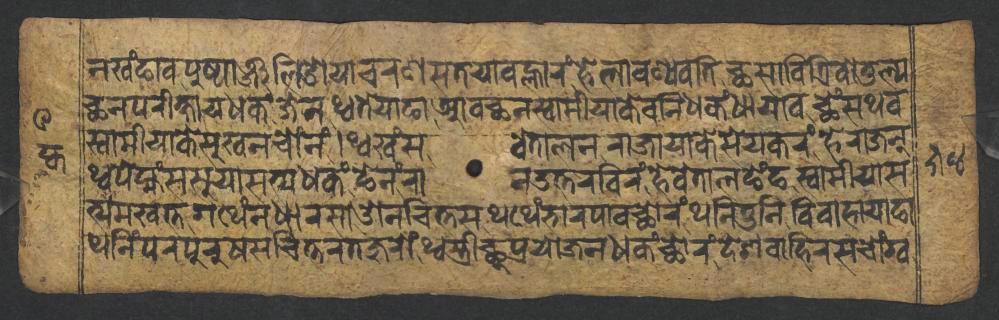
𑐣𑐏𑑄𑐒𑐵𑐰𑐥𑐸𑐲𑑂𑐥𑐵𑐘𑑂𑐖𑐮𑐶𑐌𑐫𑐵𑐔𑐬𑐞𑐳𑐟𑐫𑐵𑐰𑐮𑑂𑐴𑐵𑐬𑑄𑐴𑐾𑐮𑐵𑐰𑐞𑑂𑐫𑐰𑐟𑐶𑐕𑐳𑐵𑐰𑐶𑐟𑑂𑐬𑐶𑐰𑑀𑐟𑐸𑐮𑑂𑐫 𑐕𑐣𑐥𑐬𑐷𑐎𑑂𑐲𑐵𑐫𑐢𑐎𑑄𑐖𑐾𑐣𑐠𑑂𑐰𑐟𑐾𑐫𑐵𑐒𑐵𑐁𑐰𑐕𑐣𑐳𑑂𑐰𑐵𑐩𑐷𑐫𑐵𑐎𑐾𑐰𑐣𑐶𑐢𑐎𑑄𑐢𑐵𑐫𑐵𑐰𑐕𑐾𑑄𑐳𑐠𑐰 𑐳𑑂𑐰𑐵𑐩𑐷𑐫𑐵𑐎𑐾𑐳𑐸𑐏𑐣𑐔𑑀𑑄𑐣𑑄𑑋𑐠𑑂𑐰𑐏𑑄𑐳𑐰𑐾𑐟𑐵𑐮𑐣𑐬𑐵𑐖𑐵𑐫𑐵𑐎𑐾𑐳𑐾𑐫𑐎𑐬𑑄𑐴𑐾𑐬𑐵𑐖𑐣𑑂 𑐠𑑂𑐰𑐥𑐾𑐩𑑂𑐴𑑄𑐳𑐳𑐸𑐫𑐵𑐳𑐟𑑂𑐫𑐢𑐎𑑄𑐒𑐾𑐣𑑄𑐬𑐵𑐣𑑁𑐟𑑂𑐟𑐬𑐧𑐶𑐬𑑄𑐴𑐾𑐰𑐾𑐟𑐵𑐮𑐒𑐾𑑄𑐒𑐳𑑂𑐰𑐵𑐩𑐷𑐫𑐵𑐳 𑐟𑑂𑐫𑐩𑐏𑐟𑑂𑐟𑐐𑐠𑐾𑑄𑐣𑐢𑐵𑐬𑐳𑐵𑐌𑐣𑐔𑐶𑐟𑑂𑐟𑐳𑐠𑐠𑐾𑑄𑐨𑐵𑐬𑐥𑐵𑐰𑐕𑑀𑐬𑑄𑐠𑐣𑐶𑐟𑐸𑐣𑐶𑐰𑐶𑐰𑐵𑐴𑐵𑐫𑐵𑐒𑐵 𑐠𑐣𑐶𑑄𑐥𑐬𑐥𑐸𑐬𑐸𑐲𑐳𑐔𑐶𑐟𑑂𑐟𑐬𑐟𑐖𑐸𑐬𑑀𑑄𑐠𑑂𑐰𑐳𑑂𑐟𑑂𑐬𑐷𑐕𑐸𑐥𑑂𑐬𑐫𑑀𑐖𑐣𑐢𑐎𑑄𑐕𑑀𑐬𑑄𑐡𑐾𑐱𑐧𑐵𑐴𑐶𑐬𑐳𑐔𑑀𑑄𑐐𑑂𑐰